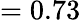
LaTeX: =0.73